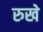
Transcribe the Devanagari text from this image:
रुखे